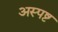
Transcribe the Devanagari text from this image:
अस्पष्ट